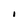
Character: I